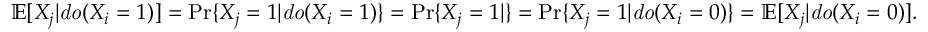
\begin{array} { r } { \mathbb { E } [ X _ { j } | { \it d o } ( X _ { i } = 1 ) ] = \operatorname* { P r } \{ X _ { j } = 1 | { \it d o } ( X _ { i } = 1 ) \} = \operatorname* { P r } \{ X _ { j } = 1 | \} = \operatorname* { P r } \{ X _ { j } = 1 | { \it d o } ( X _ { i } = 0 ) \} = \mathbb { E } [ X _ { j } | { \it d o } ( X _ { i } = 0 ) ] . } \end{array}